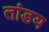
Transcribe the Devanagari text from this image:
तांडय